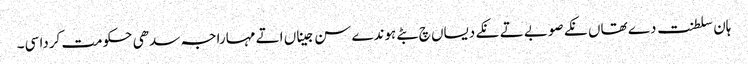
ہان سلطنت دے تھاں نکے صوبے تے نکے دیساں چ بٹے ہوندے سن جیناں اتے مہاراجہ سدھی حکومت کردا سی۔